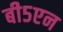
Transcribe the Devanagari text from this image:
बी५एन